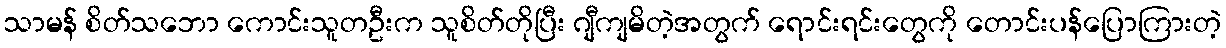
သာမန် စိတ်သဘော ကောင်းသူတဦးက သူစိတ်တိုပြီး ဂျီကျမိတဲ့အတွက် ရောင်းရင်းတွေကို တောင်းပန်ပြောကြားတဲ့